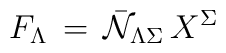
F_ \Lambda \,  =  \, {\bar {\cal N}}_{\Lambda \Sigma} \, X^\Sigma